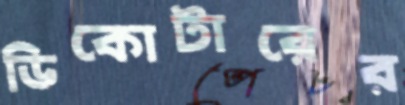
ডিকোটারের